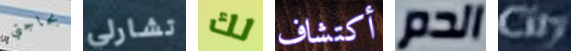
بحاجتي تشارلي لك أكتشاف الدم City